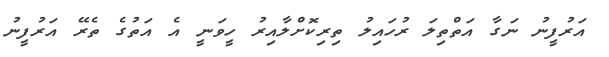
އަރުފީނު ނަގާ އަތްތިލަ ރުހައިލު ތިރިކޮށްލާއިރު ހީވަނީ އެ އަތުގެ ތެރޭ އަރުފީނު